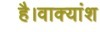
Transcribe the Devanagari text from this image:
है।वाक्यांश